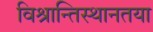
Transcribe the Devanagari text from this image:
विश्रान्तिस्थानतया